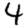
Digit: 4